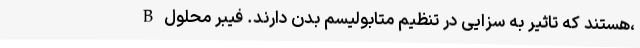
B هستند که تاثیر به سزایی در تنظیم متابولیسم بدن دارند. فیبر محلول،